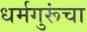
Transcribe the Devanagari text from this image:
धर्मगुरूंचा